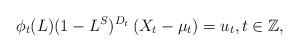
LaTeX: \begin{align*}\phi _{t}(L)(1-L^{S})^{D_{t}}\left( X_{t}-\mu _{t}\right) =u_{t},t\in \mathbb{Z}, \end{align*}